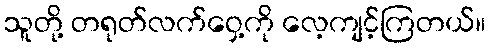
သူတို့ တရုတ်လက်ဝှေ့ကို လေ့ကျင့်ကြတယ်။